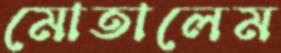
মোতালেম